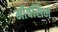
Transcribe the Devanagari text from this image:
मॉवसिम